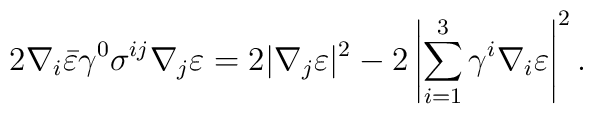
2\nabla_i\bar{\varepsilon}\gamma^0\sigma^{ij}\nabla_j\varepsilon=2|\nabla_j\varepsilon|^2-2\left|\sum^3_{i=1}\gamma^i\nabla_i\varepsilon\right|^2.